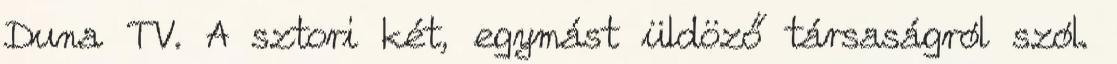
Duna TV. A sztori két, egymást üldöző társaságról szól.